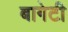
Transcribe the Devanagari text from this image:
बागेटी